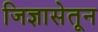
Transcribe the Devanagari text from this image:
जिज्ञासेतून